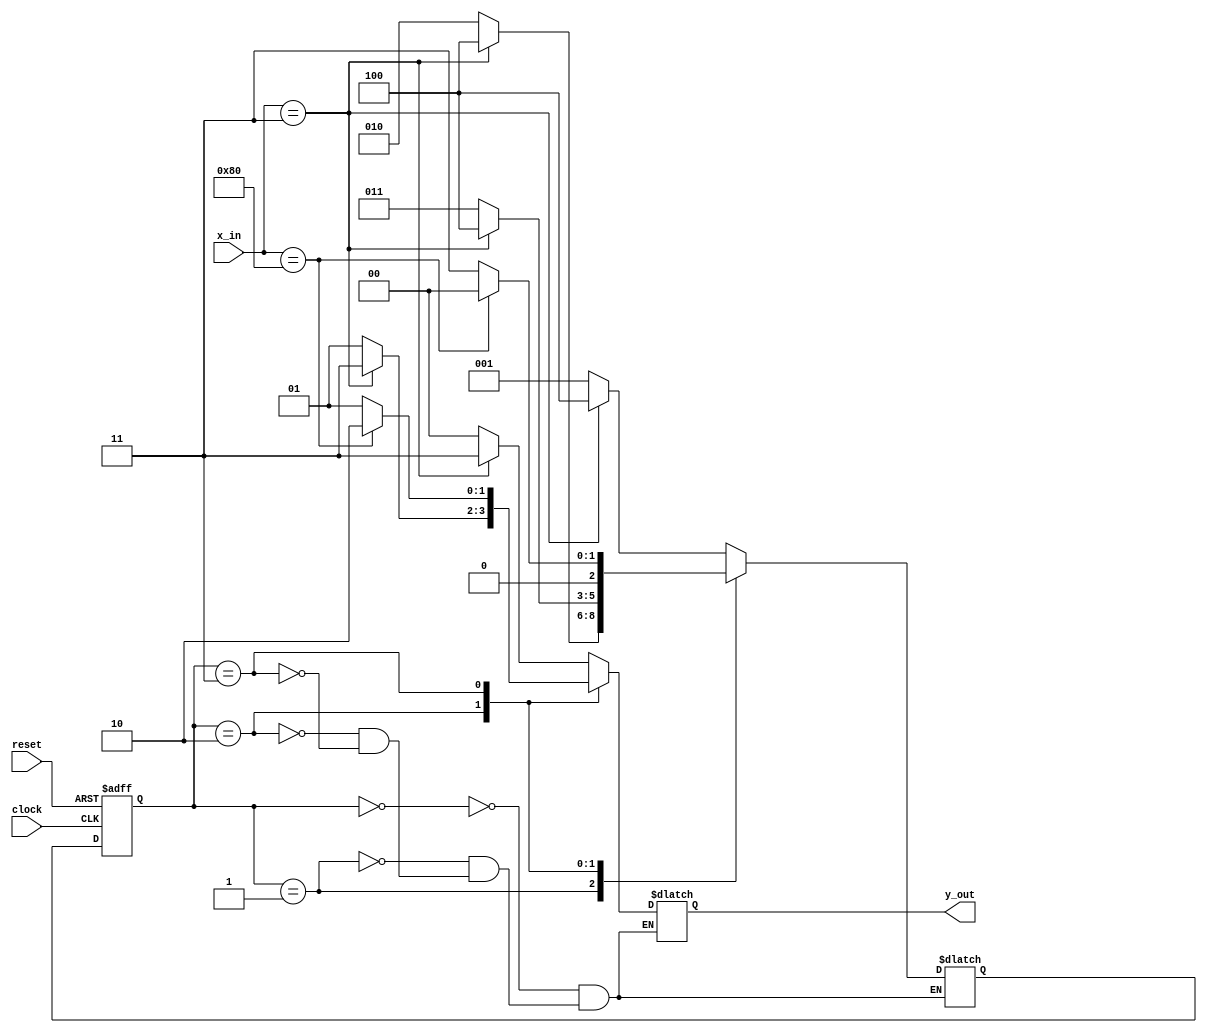
module digital_locker( output reg [1:0] y_out , input  [7:0] x_in ,  input clock , reset); //declaring the module with 8 bit input(2 bit decimal input has 8 bit BCD ) , clock , reset and 2 bit output. 
  
  reg[2:0] state , next_state; //declaring the variables state and nex_state. 
  
  parameter S0 = 3'b000 , S1 = 3'b001 , S2 = 3'b010 , S3 = 3'b011 , S4 = 3'b100; // delcaring the states. 
  
  //S0 : start state , no input is given. 
  //S1 : wrong pin is entered once. 
  //S2 : wrong pin is entered twice. 
  //S3 : locked state(wrong pin is entered thrice). 
  //S4 : lock is open(correct pin is entered in one of the three chances). 
  
  always@(posedge clock , negedge reset) //always block is used so that state changes only if there is a positive edge or negative edge of reset. 

    if(reset==0)
      state <= S0; //The present state becomes 'S0' if reset is '0'.
  else
    state <= next_state; //It goes to next state if reset is '1'. 
  
  always@(state , x_in) //forming the state transitions.
    
    //Since my roll number ends in '8003' the master pin is '10000000' and decimal pin is '00000011'. 
    
    case(state) //Case statement it is a multiway conditional branch construct.Whenever the value of 'state' changes case statement is executed and it compares the values from top to bottom until correct case is found.
      
      
      S0:   if(x_in == 8'b00000011) next_state = S4; else next_state = S1; //If the FSM is in state 'S0' and the input is 00000011 then it goes to the state 'S4'. 
      S1:   if(x_in == 8'b00000011) next_state = S4; else next_state = S2; //If the FSM is in state 'S1' and the input is 00000011 then it goes to the state 's4'. 
      S2:   if(x_in == 8'b00000011) next_state = S4; else next_state = S3; //If the FSM is in state 'S2' and the input is 00000011 then it goes to the stagte 'S4'.
      S3:   if(x_in == 8'b10000000) next_state = S0; else next_state = S3; //If the FSM is in state 'S3' and the input is 10000000(master pin) then it goes to the state 'S0'. 
      
    endcase
  
  always@(state , x_in) //forming the output of the FSM. 8003.
    case(state) //Case statement it is a multiway conditional branch construct.Whenever the value of 'state' changes case statement is executed and it compares the values from top to bottom until correct case is found. 
      
      
      S0: if(x_in ==  8'b00000011) y_out = 11; else y_out = 00; //If the FSM is in state 'S0' and the input is 00000011(correctpin) then the output is '11' else '00'. 
      
      S1: if(x_in ==  8'b00000011) y_out = 11; else y_out = 00; //If the FSM is in state 'S1' and correct pin is entered then the output is '11' else '00'. 
      
      S2: if(x_in ==  8'b00000011) y_out = 11; else y_out = 01; //If the FSM is in state 'S2' and correct pin is entered then the output is '11' else '01'. 
      
      S3: if(x_in ==  8'b10000000) y_out = 10; else y_out = 01; //If the FSM is in state 'S3' and correct master pin is entered then the output is '10' else '01'. 
      
    endcase
    
endmodule